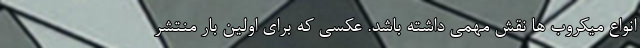
انواع میکروب ها نقش مهمی داشته باشد. عکسی که برای اولین بار منتشر